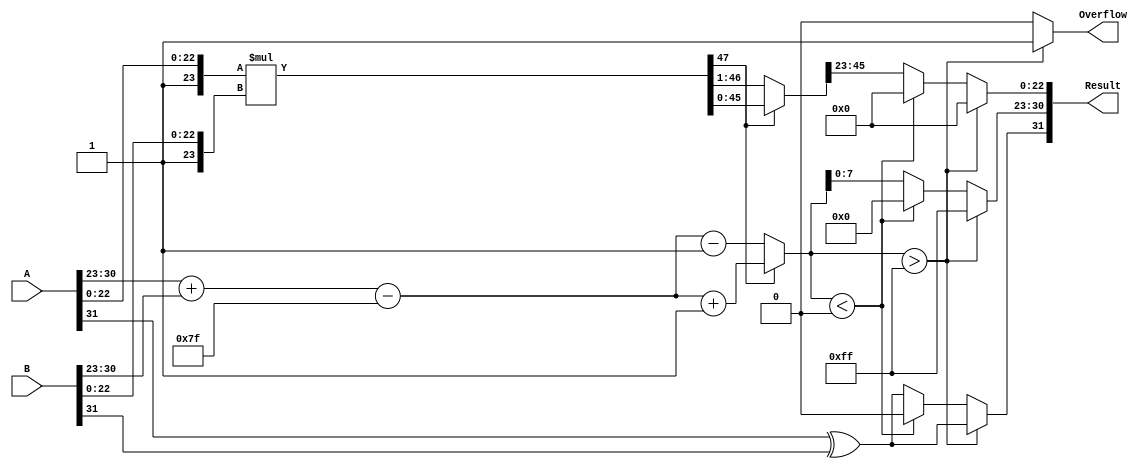
module floating_point_multiplier (
    input wire [31:0] A,         // First floating-point number (32-bit)
    input wire [31:0] B,         // Second floating-point number (32-bit)
    output reg [31:0] Result,     // Result of the multiplication (32-bit)
    output reg Overflow           // Overflow flag
);

    // Constants
    parameter EXPONENT_BIAS = 127;
    parameter MAX_EXPONENT = 255;

    // Internal signals
    wire [7:0] exponent_A;        // Exponent of A
    wire [7:0] exponent_B;        // Exponent of B
    wire [23:0] mantissa_A;       // Mantissa of A with implicit leading 1
    wire [23:0] mantissa_B;       // Mantissa of B with implicit leading 1
    reg [8:0] exponent_result;     // Result exponent (9 bits for overflow)
    reg [47:0] mantissa_result;    // Result mantissa (48 bits for multiplication)
    
    // Extract sign, exponent and mantissa
    wire sign_A = A[31];
    wire sign_B = B[31];
    assign exponent_A = A[30:23];  
    assign exponent_B = B[30:23];
    assign mantissa_A = {1'b1, A[22:0]}; // Implicit leading 1
    assign mantissa_B = {1'b1, B[22:0]}; // Implicit leading 1

    // Multiplier
    always @(*) begin
        // Compute the internal exponent
        exponent_result = exponent_A + exponent_B - EXPONENT_BIAS;

        // Perform multiplication on mantissas
        mantissa_result = mantissa_A * mantissa_B;

        // Normalize the mantissa and adjust exponent
        if (mantissa_result[47] == 1) begin
            // Case when the leading bit is 1 (no shift needed)
            Result[22:0] = mantissa_result[46:24]; // 23 bits mantissa
            exponent_result = exponent_result + 1; // Increment exponent
        end else begin
            // Case when the leading bit is 0, shift right
            mantissa_result = mantissa_result >> 1; // Shift right
            Result[22:0] = mantissa_result[45:23]; // 23 bits mantissa
            exponent_result = exponent_result - 1; // Decrement exponent
        end

        // Set sign bit
        Result[31] = sign_A ^ sign_B; 

        // Assign the exponent to output and check for overflow
        if (exponent_result > MAX_EXPONENT) begin
            Overflow = 1'b1; // Set overflow flag
            Result[30:23] = 8'b11111111; // Set exponent to Infinity
            Result[22:0] = 23'b0; // Mantissa of Infinity
        end else if (exponent_result < 0) begin
            // Underflow, return 0
            Overflow = 1'b0;
            Result = 32'b0; // Result is zero
        end else begin
            Overflow = 1'b0;
            Result[30:23] = exponent_result[7:0]; // 8-bit exponent
            Result[22:0] = mantissa_result[45:23]; // 23 bits mantissa
        end
    end

endmodule